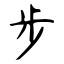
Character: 步